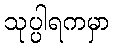
သုပ္ပါရကမှာ